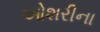
ઓશરીના